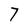
Character: 7